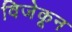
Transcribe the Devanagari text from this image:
विजेकून